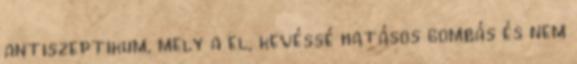
antiszeptikum, mely a el, kevéssé hatásos gombás és nem